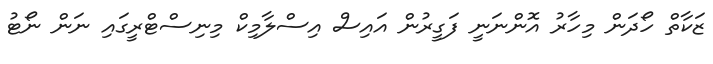
ޒަކާތް ހޯދަން މިހާރު އޮންނަނީ ފަގީރުން އައިސް އިސްލާމިކް މިނިސްޓްރީގައި ނަން ނޯޓު